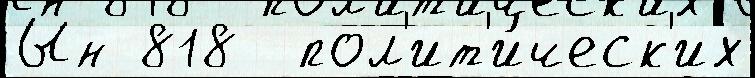
Ын 818  пол'ит'и́ческ'их